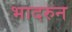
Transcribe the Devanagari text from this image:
भादरुन